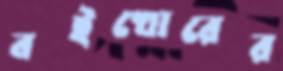
বইখোরের